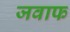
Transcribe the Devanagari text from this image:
जवाफ